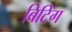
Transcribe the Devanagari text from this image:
बिटिंग